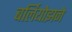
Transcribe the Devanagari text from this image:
बर्लियोझने